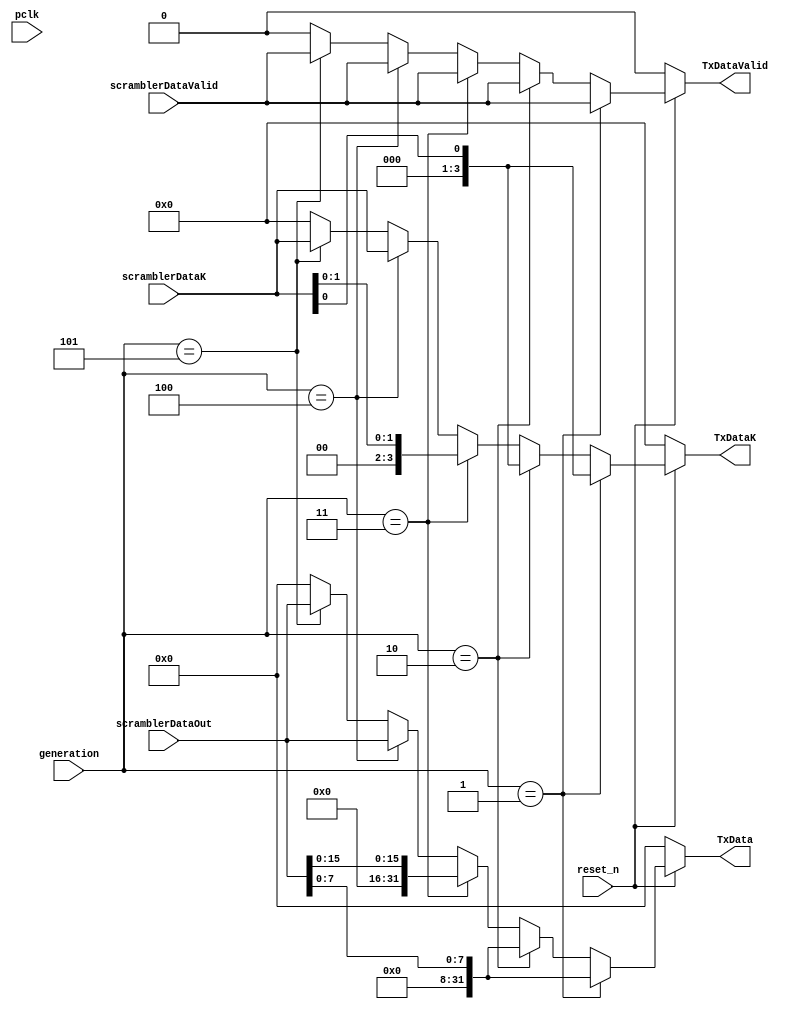
module PIPE_Data #(parameter pipe_width_gen1 = 8,
                   parameter pipe_width_gen2 = 8,
                   parameter pipe_width_gen3 = 16,
                   parameter pipe_width_gen4 = 32,
                   parameter pipe_width_gen5 = 32

  )(generation, pclk, reset_n, scramblerDataOut, scramblerDataK, scramblerDataValid, TxData, TxDataValid, TxDataK);


//reg [5:0] pipe_width;

input pclk, reset_n;
input [2:0] generation;
input [31:0] scramblerDataOut;
input [3:0] scramblerDataK;
input scramblerDataValid;

output reg [31:0] TxData; 
output reg TxDataValid; 
output reg [3:0] TxDataK;

always @(*) begin
  if (~reset_n) begin
  	TxData=0;
  	TxDataK=0;
  	TxDataValid=0;
  end
  else if (generation==1) begin
//  		pipe_width=pipe_width_gen1;
  		TxData= scramblerDataOut[pipe_width_gen1-1:0];
  		TxDataK=scramblerDataK[(pipe_width_gen1/8)-1:0];
  		TxDataValid= scramblerDataValid;
  end
  else if (generation==2) begin
  //  	pipe_width=pipe_width_gen2;
  		TxData= scramblerDataOut[pipe_width_gen2-1:0];
  		TxDataK=scramblerDataK[(pipe_width_gen2/8)-1:0];
  		TxDataValid= scramblerDataValid;
  end 
  else if (generation==3) begin
   // 	pipe_width=pipe_width_gen3;
  		TxData= scramblerDataOut[pipe_width_gen3-1:0];
  		TxDataK=scramblerDataK[(pipe_width_gen3/8)-1:0];
  		TxDataValid= scramblerDataValid;
  end 
  else if (generation==4) begin
    //	pipe_width=pipe_width_gen4;
  		TxData= scramblerDataOut[pipe_width_gen4-1:0];
  		TxDataK=scramblerDataK[(pipe_width_gen4/8)-1:0];
  		TxDataValid= scramblerDataValid;
  end
  else if (generation==5) begin
      //	pipe_width=pipe_width_gen5;
  		TxData= scramblerDataOut[pipe_width_gen5-1:0];
  		TxDataK=scramblerDataK[(pipe_width_gen5/8)-1:0];
  		TxDataValid= scramblerDataValid;
  end  
  else begin
  		TxData=0;
  		TxDataK=0;
  		TxDataValid=0;
  end
end
endmodule